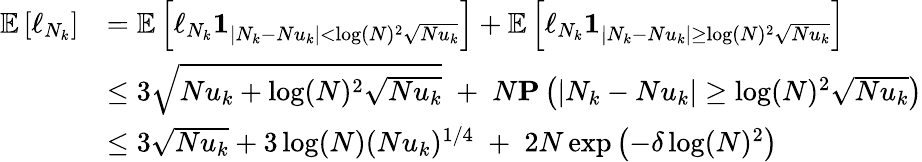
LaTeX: \begin{array}{rl}{\mathbb{E}\left[\ell_{N_{k}}\right]}&{=\mathbb{E}\left[\ell_{N_{k}}\mathbf{1}_{\vert N_{k}-Nu_{k}\vert<\log(N)^{2}\sqrt{Nu_{k}}}\right]+\mathbb{E}\left[\ell_{N_{k}}\mathbf{1}_{\vert N_{k}-Nu_{k}\vert\geq\log(N)^{2}\sqrt{Nu_{k}}}\right]}\\ &{\leq 3\sqrt{Nu_{k}+\log(N)^{2}\sqrt{Nu_{k}}}\; +\; N\mathbf{P}\left(\vert N_{k}-Nu_{k}\vert\geq\log(N)^{2}\sqrt{Nu_{k}}\right)}\\ &{\leq 3\sqrt{Nu_{k}}+3\log(N)(Nu_{k})^{1/4}\; +\; 2N\exp\left(-\delta\log(N)^{2}\right)}\end{array}